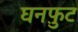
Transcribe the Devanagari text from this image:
घनफ़ुट